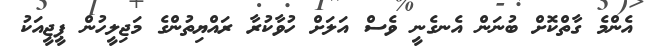
އެންމެ ގާތްކޮށް ބުނަން އެނގެނީ ވެސް އަލަށް ހުވާކުރާ ރައްޔިތުންގެ މަޖިލީހުން ޕީޖީއަކު